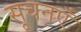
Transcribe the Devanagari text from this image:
सूचनएँ